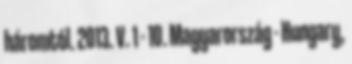
háromtól. 2013. V. 1 - 10. Magyarország - Hungary,